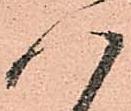
八